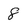
Character: 8